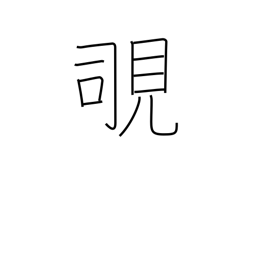
Meaning: peek